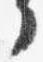
了